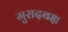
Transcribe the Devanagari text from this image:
मुरादबक्ष